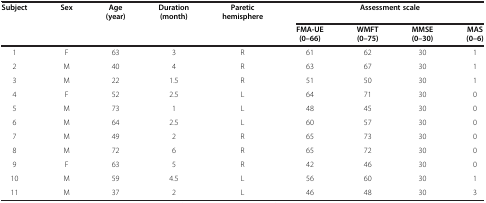
<table><thead><tr><td><b>Subject</b></td><td><b>Sex</b></td><td><b>Age (year)</b></td><td><b>Duration (month)</b></td><td><b>Paretic hemisphere</b></td><td colspan="4"><b>Assessment scale</b></td></tr><tr><td><b> </b></td><td><b> </b></td><td><b> </b></td><td><b> </b></td><td><b> </b></td><td><b>FMA-UE (0–66)</b></td><td><b>WMFT (0–75)</b></td><td><b>MMSE (0–30)</b></td><td><b>MAS (0–6)</b></td></tr></thead><tbody><tr><td>1</td><td>F</td><td>63</td><td>3</td><td>R</td><td>61</td><td>62</td><td>30</td><td>1</td></tr><tr><td>2</td><td>M</td><td>40</td><td>4</td><td>R</td><td>63</td><td>67</td><td>30</td><td>1</td></tr><tr><td>3</td><td>M</td><td>22</td><td>1.5</td><td>R</td><td>51</td><td>50</td><td>30</td><td>1</td></tr><tr><td>4</td><td>F</td><td>52</td><td>2.5</td><td>L</td><td>64</td><td>71</td><td>30</td><td>0</td></tr><tr><td>5</td><td>M</td><td>73</td><td>1</td><td>L</td><td>48</td><td>45</td><td>30</td><td>0</td></tr><tr><td>6</td><td>M</td><td>64</td><td>2.5</td><td>L</td><td>60</td><td>57</td><td>30</td><td>0</td></tr><tr><td>7</td><td>M</td><td>49</td><td>2</td><td>R</td><td>65</td><td>73</td><td>30</td><td>0</td></tr><tr><td>8</td><td>M</td><td>72</td><td>6</td><td>R</td><td>65</td><td>72</td><td>30</td><td>0</td></tr><tr><td>9</td><td>F</td><td>63</td><td>5</td><td>R</td><td>42</td><td>46</td><td>30</td><td>0</td></tr><tr><td>10</td><td>M</td><td>59</td><td>4.5</td><td>L</td><td>56</td><td>60</td><td>30</td><td>1</td></tr><tr><td>11</td><td>M</td><td>37</td><td>2</td><td>L</td><td>46</td><td>48</td><td>30</td><td>3</td></tr></tbody></table>